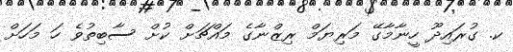
ކ. ގުރައިދޫ ހީނާމާގޭ މަރިޔަމް ރިޒްނާގެ މައްޗަށް ކުށް ސާބިތުވެ ހަ މަހަށް